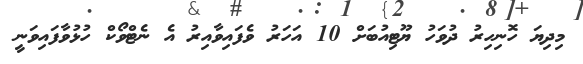
މިދިޔަ ހޮނިހިރު ދުވަހު ޔޫޓިއުބަށް 10 އަހަރު ވެފައިވާއިރު އެ ނެޓްވޯކް ހުޅުވާފައިވަނީ